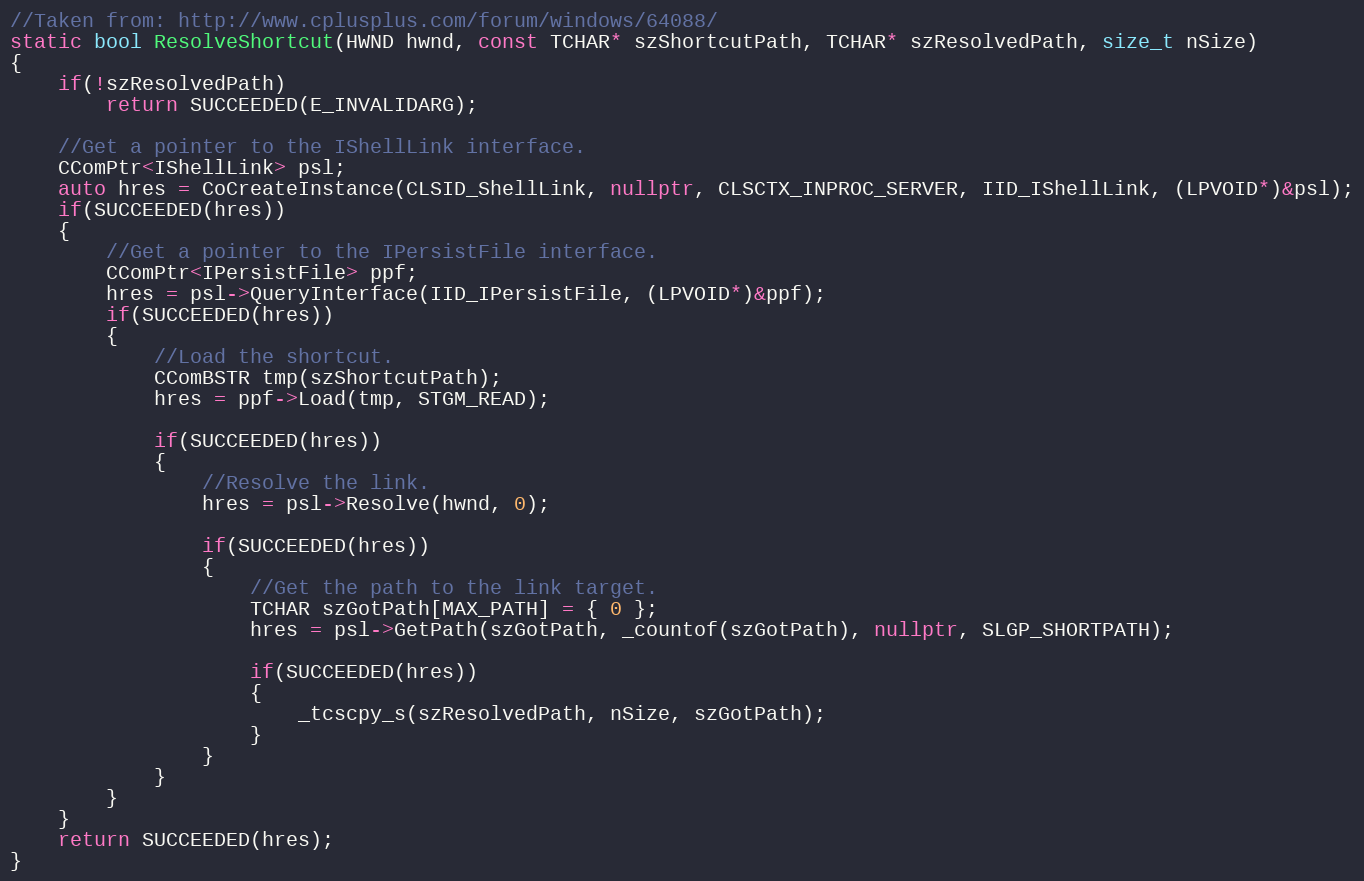
Language: C++
//Taken from: http://www.cplusplus.com/forum/windows/64088/
static bool ResolveShortcut(HWND hwnd, const TCHAR* szShortcutPath, TCHAR* szResolvedPath, size_t nSize)
{
    if(!szResolvedPath)
        return SUCCEEDED(E_INVALIDARG);

    //Get a pointer to the IShellLink interface.
    CComPtr<IShellLink> psl;
    auto hres = CoCreateInstance(CLSID_ShellLink, nullptr, CLSCTX_INPROC_SERVER, IID_IShellLink, (LPVOID*)&psl);
    if(SUCCEEDED(hres))
    {
        //Get a pointer to the IPersistFile interface.
        CComPtr<IPersistFile> ppf;
        hres = psl->QueryInterface(IID_IPersistFile, (LPVOID*)&ppf);
        if(SUCCEEDED(hres))
        {
            //Load the shortcut.
            CComBSTR tmp(szShortcutPath);
            hres = ppf->Load(tmp, STGM_READ);

            if(SUCCEEDED(hres))
            {
                //Resolve the link.
                hres = psl->Resolve(hwnd, 0);

                if(SUCCEEDED(hres))
                {
                    //Get the path to the link target.
                    TCHAR szGotPath[MAX_PATH] = { 0 };
                    hres = psl->GetPath(szGotPath, _countof(szGotPath), nullptr, SLGP_SHORTPATH);

                    if(SUCCEEDED(hres))
                    {
                        _tcscpy_s(szResolvedPath, nSize, szGotPath);
                    }
                }
            }
        }
    }
    return SUCCEEDED(hres);
}